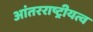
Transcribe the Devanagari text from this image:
आंतरराष्ट्रीयत्व